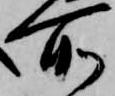
所